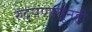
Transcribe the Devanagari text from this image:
रुद्रपणातूनही